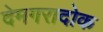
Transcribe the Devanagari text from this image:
देमगरादोक